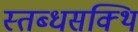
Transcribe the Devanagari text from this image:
स्तब्धसक्थि